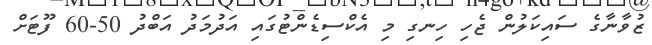
ޒުވާނާގެ ސައިކަލުން ޖެހި ހިނގި މި އެކްސިޑެންޓުގައި އަދުމަދު އަބްދު 50-60 ފޫޓަށް